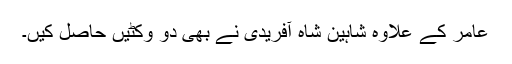
عامر کے علاوہ شاہین شاہ آفریدی نے بھی دو وکٹیں حاصل کیں۔